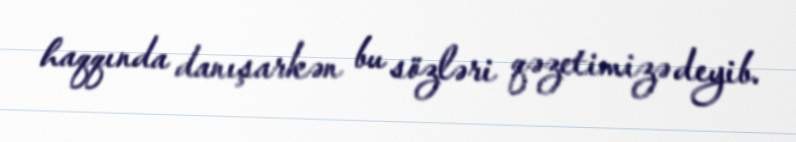
haqqında danışarkən bu sözləri qəzetimizə deyib.